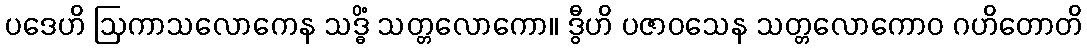
ပဒေဟိ ဩကာသလောကေန သဒ္ဓိံ သတ္တလောကော။ ဒွီဟိ ပဇာဝသေန သတ္တလောကောဝ ဂဟိတောတိ